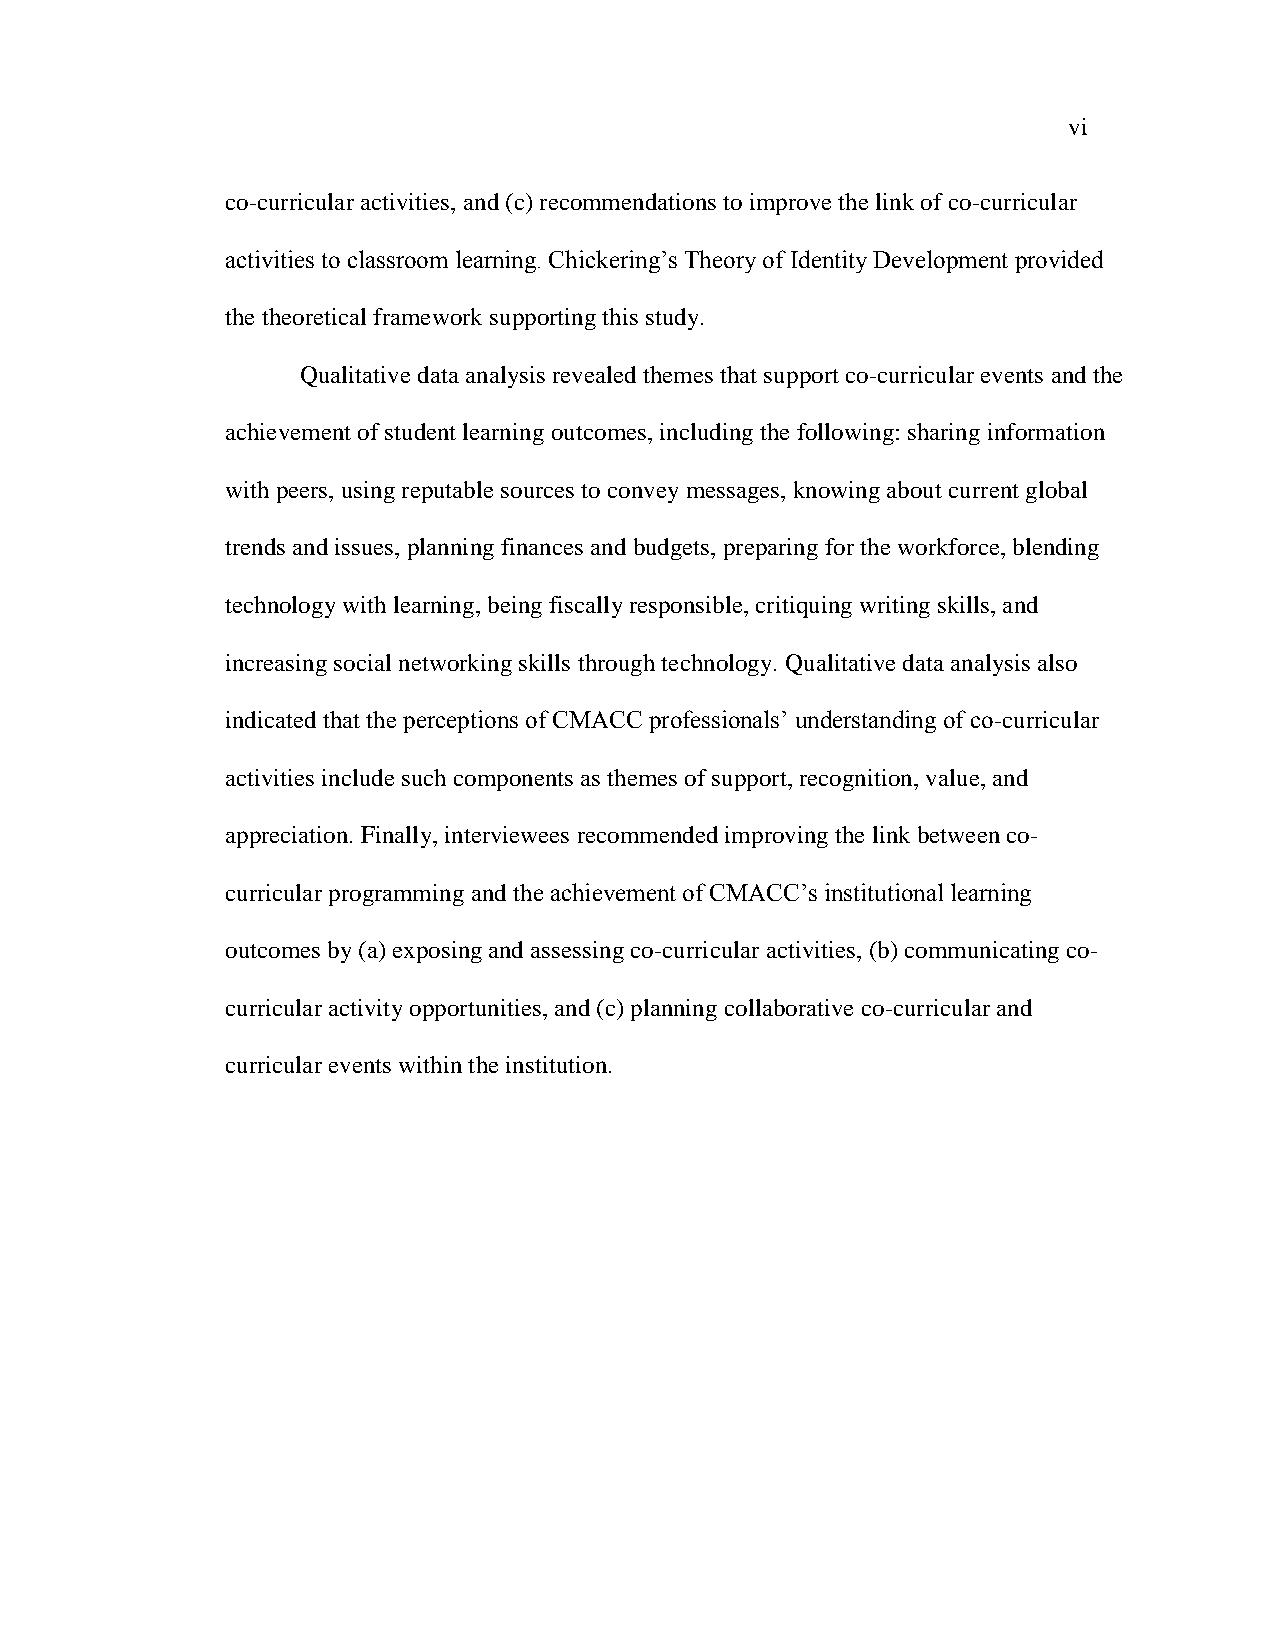
vi
 co-curricular activities, and (c) recommendations to improve the link of co-curricular
 activities to classroom learning. Chickering‘s Theory of Identity Development provided
 the theoretical framework supporting this study.
 Qualitative data analysis revealed themes that support co-curricular events and the
 achievement of student learning outcomes, including the following: sharing information
 with peers, using reputable sources to convey messages, knowing about current global
 trends and issues, planning finances and budgets, preparing for the workforce, blending
 technology with learning, being fiscally responsible, critiquing writing skills, and
 increasing social networking skills through technology. Qualitative data analysis also
 indicated that the perceptions of CMACC professionals‘ understanding of co-curricular
 activities include such components as themes of support, recognition, value, and
 appreciation. Finally, interviewees recommended improving the link between co-
 curricular programming and the achievement of CMACC‘s institutional learning
 outcomes by (a) exposing and assessing co-curricular activities, (b) communicating co-
 curricular activity opportunities, and (c) planning collaborative co-curricular and
 curricular events within the institution.